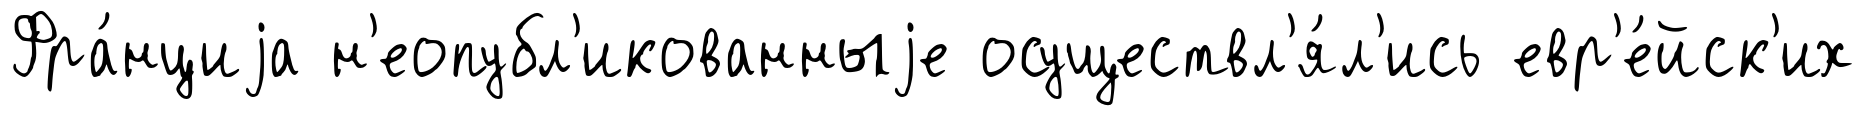
Фра́нциjа н'еопубл'икованныjе осуществл'я́л'ись евр'е́йск'их